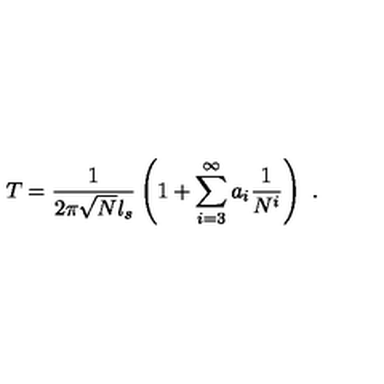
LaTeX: T = \frac { 1 } { 2 \pi \sqrt { N } l _ { s } } \left( 1 + \sum _ { i = 3 } ^ { \infty } a _ { i } \frac { 1 } { N ^ { i } } \right) \ .